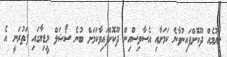
ލިޔުމެއް ދޫކޮށްފައިނުވާނެ ކަމަށާއި އެސާވިސްއިން ދޫކޮށްފައިވާކަމަށް ބުނެ ސޯޝަލް މީޑިޔާގައި ފަތުރަނީ އެ